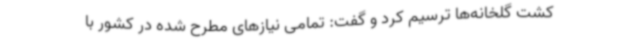
کشت گلخانه‌ها ترسیم کرد و گفت: تمامی نیازهای مطرح‌ شده در کشور با